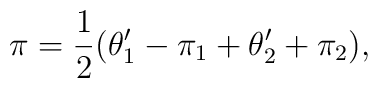
\pi={1\over 2}(\theta_ 1 '-\pi_ 1 +\theta_ 2' +\pi _2 ),